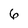
Character: 6